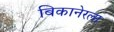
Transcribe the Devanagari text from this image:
बिकानेरला